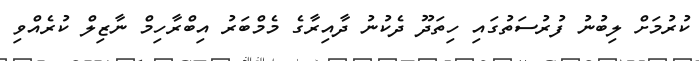
ކުރުމަށް ލިބުނު ފުރުސަތުގައި ހިތަދޫ ދެކުނު ދާއިރާގެ މެމްބަރު އިބްރާހިމް ނާޒިލް ކުރެއްވި